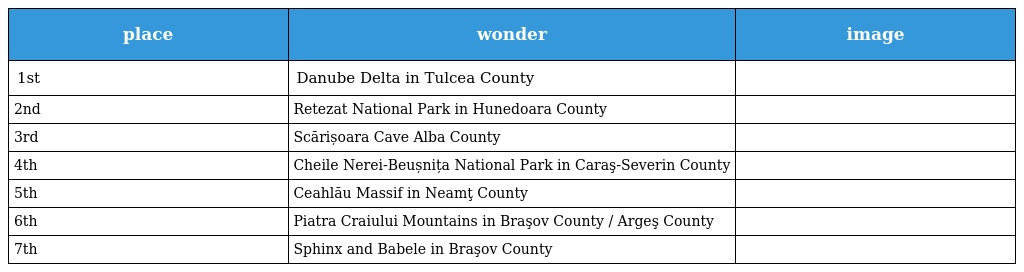
| place | wonder | image |
 | --- | --- | --- |
 | 1st | Danube Delta in Tulcea County |  |
 | 2nd | Retezat National Park in Hunedoara County |  |
 | 3rd | Scărișoara Cave Alba County |  |
 | 4th | Cheile Nerei-Beușnița National Park in Caraş-Severin County |  |
 | 5th | Ceahlău Massif in Neamţ County |  |
 | 6th | Piatra Craiului Mountains in Braşov County / Argeş County |  |
 | 7th | Sphinx and Babele in Braşov County |  |